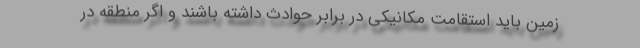
زمین باید استقامت مکانیکی در برابر حوادث داشته باشند و اگر منطقه در